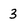
Character: 3